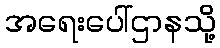
အရေးပေါ်ဌာနသို့